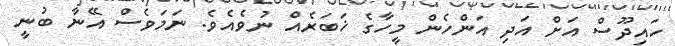
ހައިދޫސް އަށް އަދި އަންހެން މީހާގެ ޚަބަރެއް ނުވެއެވެ. ނަމަވެސް އޭނާ ބުނީ